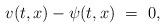
LaTeX: \begin{align*}v(t,x) - \psi(t,x) \ = \ 0,\end{align*}